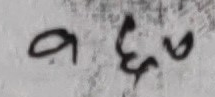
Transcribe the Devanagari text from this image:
१८७